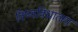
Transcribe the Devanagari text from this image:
विष्वविधालय